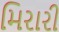
મિરારી